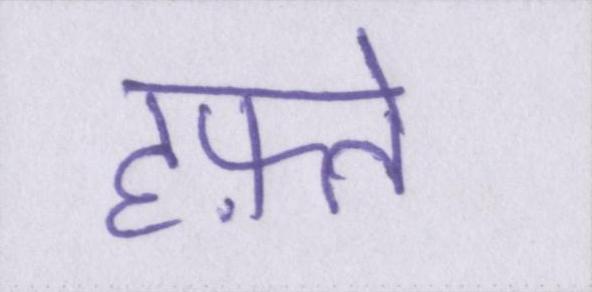
हफ़्ते